Reports on military cantonments and civil stations in the Presidency of Bombay inspected by the Sanitary Commissioner in the years 1875 and 1876
Year: 1875
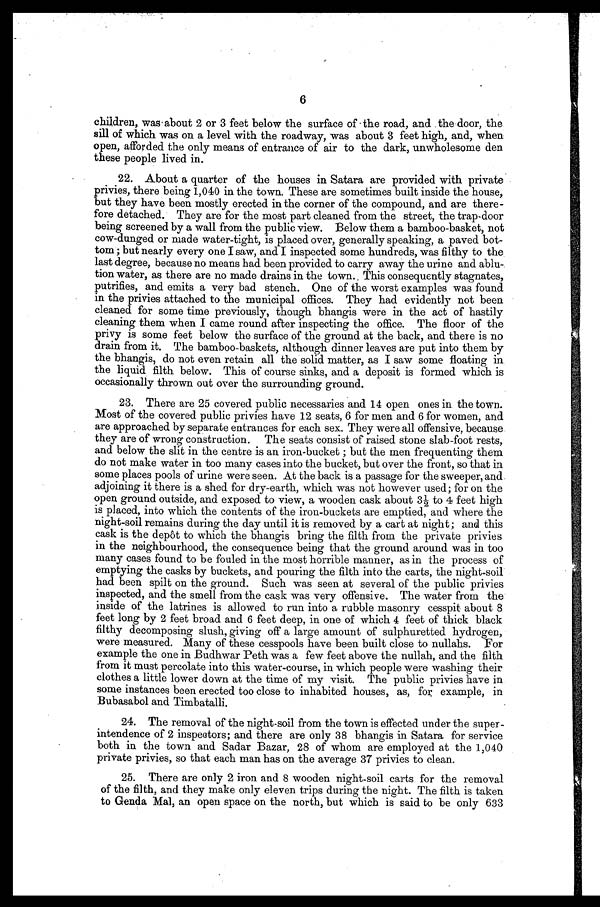
6
children, was about 2 or 3 feet below the surface of the road, and the door, the
sill of which was on a level with the roadway, was about 3 feet high, and, when
open, afforded the only means of entrance of air to the dark, unwholesome den
these people lived in.
22. About a quarter of the houses in Satara are provided with private
privies, there being 1,040 in the town. These are sometimes built inside the house,
but they have been mostly erected in the corner of the compound, and are there
- f o r e d e t a c h e d . T h e y a r e f o r t h e m o s t p a r t c l e a n e d f r o m t h e s t r e e t , t h e t r a p - d o o r
being screened by a wall from the public view. Below them a bamboo-basket, not
cow-dunged or made water-tight, is placed over, generally speaking, a paved bot
-tom; but nearly every one I saw, and I inspected some hundreds, was filthy to the
last degree, because no means had been provided to carry away the urine and ablu
-tion water, as there are no made drains in the town. This consequently stagnates,
putrifies, and emits a very bad stench. One of the worst examples was found
in the privies attached to the municipal offices. They had evidently not been
cleaned for some time previously, though bhangis were in the act of hastily
cleaning them when I came round after inspecting the office. The floor of the
privy is some feet below the surface of the ground at the back, and there is no
drain from it. The bamboo-baskets, although dinner leaves are put into them by
the bhangis, do not even retain all the solid matter, as I saw some floating in
the liquid filth below. This of course sinks, and a deposit is formed which is
occasionally thrown out over the surrounding ground.
23. There are 25 covered public necessaries and 14 open ones in the town.
Most of the covered public privies have 12 seats, 6 for men and 6 for women, and
are approached by separate entrances for each sex. They were all offensive, because
they are of wrong construction. The seats consist of raised stone slab-foot rests,
and below the slit in the centre is an iron-bucket; but the men frequenting them
do not make water in too many cases into the bucket, but over the front, so that in
some places pools of urine were seen. At the back is a passage for the sweeper, and
adjoining it there is a shed for dry-earth, which was not however used; for on the
open ground outside, and exposed to view, a wooden cask about 3½ to 4 feet high
is placed, into which the contents of the iron-buckets are emptied, and where the
night-soil remains during the day until it is removed by a cart at night; and this
cask is the depôt to which the bhangis bring the filth from the private privies
in the neighbourhood, the consequence being that the ground around was in too
many cases found to be fouled in the most horrible manner, as in the process of
emptying the casks by buckets, and pouring the filth into the carts, the night-soil
had been spilt on the ground. Such was seen at several of the public privies
inspected, and the smell from the cask was very offensive. The water from the
inside of the latrines is allowed to run into a rubble masonry cesspit about 8
feet long by 2 feet broad and 6 feet deep, in one of which 4 feet of thick black
filthy decomposing slush, giving off a large amount of sulphuretted hydrogen,
were measured. Many of these cesspools have been built close to nullahs. For
example the one in Budhwar Peth was a few feet above the nullah, and the filth
from it must percolate into this water-course, in which people were washing their
clothes a little lower down at the time of my visit. The public privies have in
some instances been erected too close to inhabited houses, as, for example, in
Bubasabol and Timbatalli.
24. The removal of the night-soil from the town is effected under the super
- i n t e n d e n c e o f 2 i n s p e o t o r s ; a n d t h e r e a r e o n l y 3 8 b h a n g i s i n S a t a r a f o r s e r v i c e
both in the town and Sadar Bazar, 28 of whom are employed at the 1,040
private privies, so that each man has on the average 37 privies to clean.
25. There are only 2 iron and 8 wooden night-soil carts for the removal
of the filth, and they make only eleven trips during the night. The filth is taken
to Genda Mal, an open space on the north, but which is said to be only 633